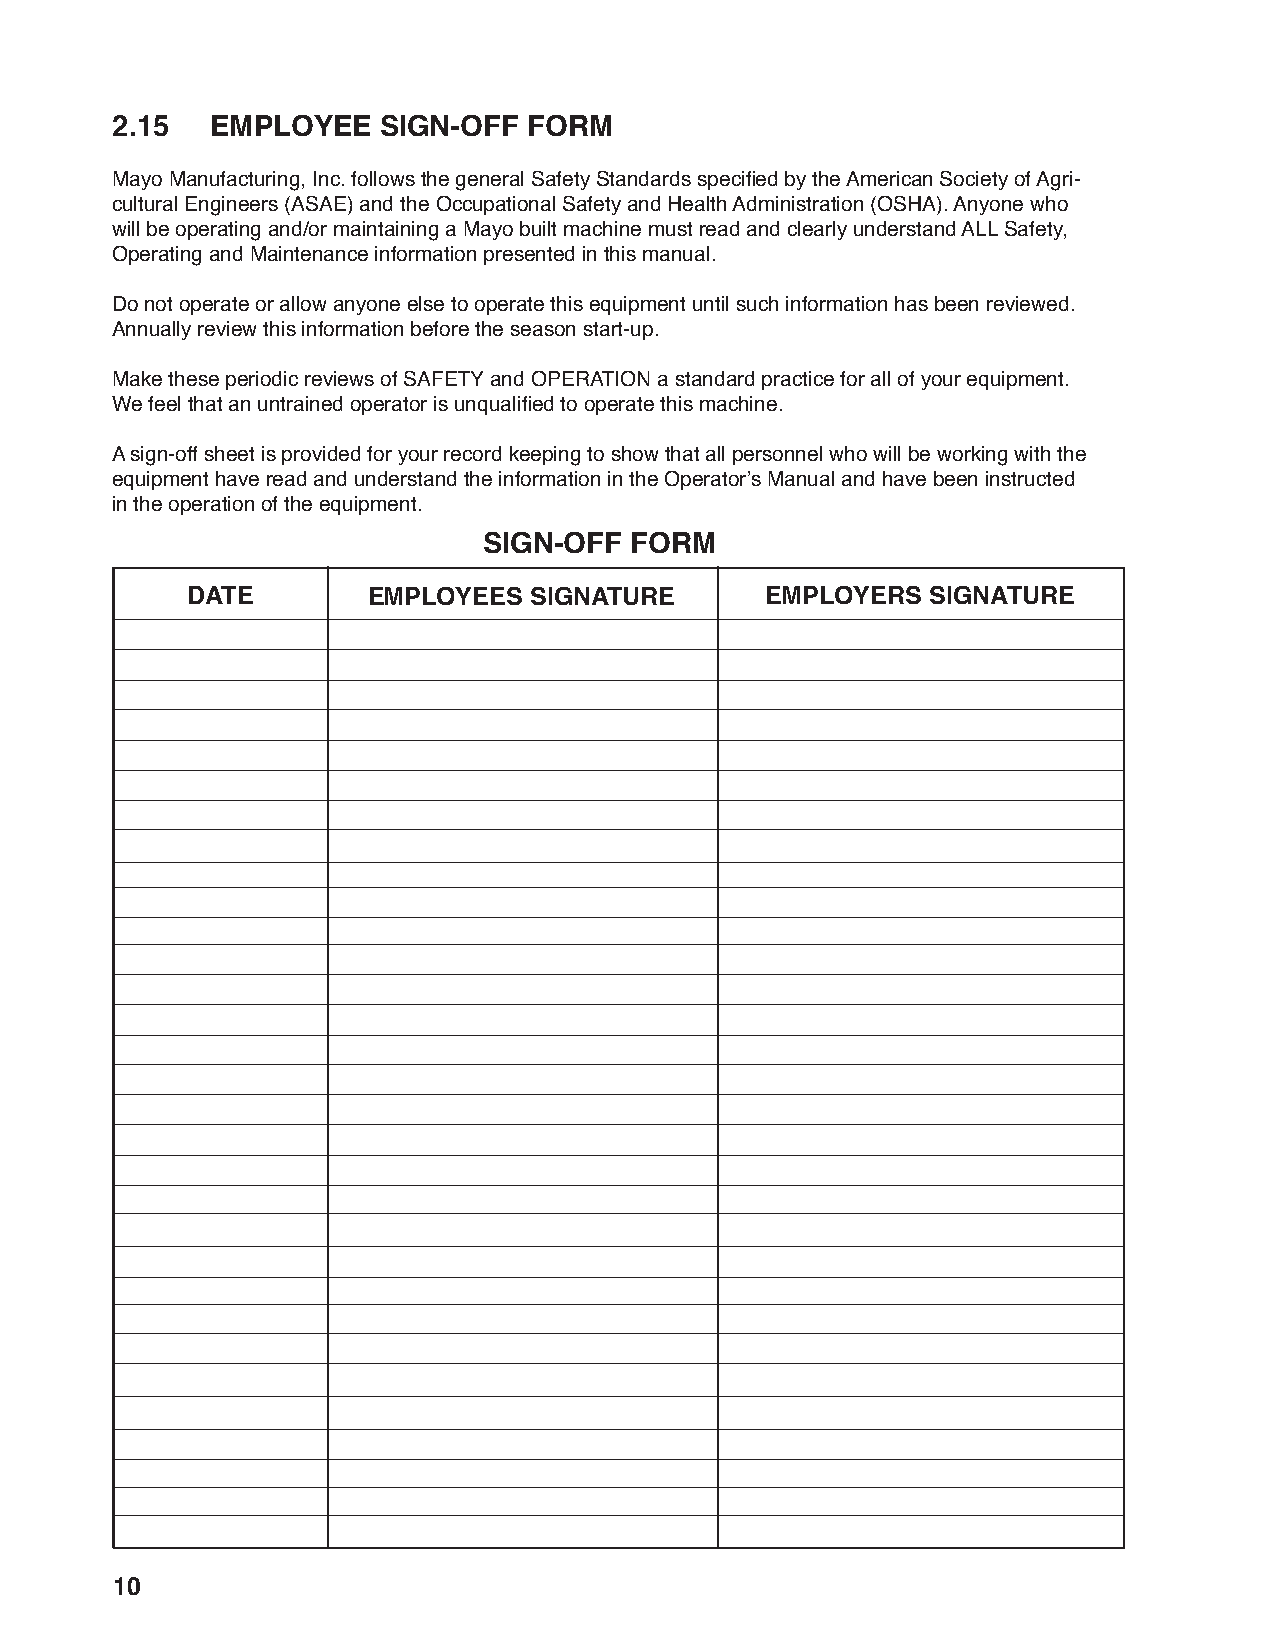
2.15   EMPLOYEE   SIGN-OFF  FORM
 Mayo Manufacturing, Inc. follows the general Safety Standards specifi ed by the American Society of Agri-
 cultural Engineers (ASAE) and the Occupational Safety and Health Administration (OSHA). Anyone who
 will be operating and/or maintaining a Mayo built machine must read and clearly understand ALL Safety,
 Operating and Maintenance information presented in this manual.
 Do not operate or allow anyone else to operate this equipment until such information has been reviewed.
 Annually review this information before the season start-up.
 Make these periodic reviews of SAFETY and OPERATION a standard practice for all of your equipment.
 We feel that an untrained operator is unqualifi ed to operate this machine.
 A sign-off sheet is provided for your record keeping to show that all personnel who will be working with the
 equipment have read and understand the information in the Operator’s Manual and have been instructed
 in the operation of the equipment.
 SIGN-OFF  FORM
 DATE        EMPLOYEES  SIGNATURE       EMPLOYERS  SIGNATURE
 10